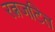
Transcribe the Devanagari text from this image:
रत्नजटित